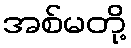
အစ်မတို့